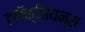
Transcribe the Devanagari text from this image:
टलॅक्झियन्स